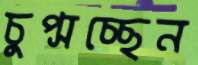
চুপ্‌সচ্ছেন